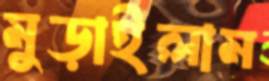
মুড়াইলাম